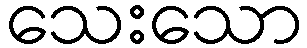
သေးသော